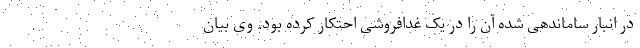
در انبار ساماندهی شده آن را در یک غدافروشی احتکار کرده بود. وی بیان